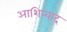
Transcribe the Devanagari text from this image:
आशिर्‍वाद